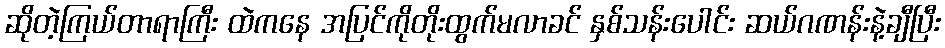
ဆိုတဲ့ကြယ်တာရာကြီး ထဲကနေ အပြင်ကိုတိုးထွက်မလာခင် နှစ်သန်းပေါင်း ဆယ်ဂဏန်းနဲ့ချီပြီး